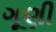
ગૂણી